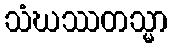
သံဃဿတသ္မာ